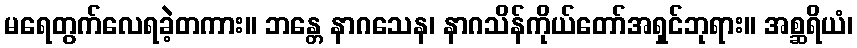
မရေတွက်လေရခဲ့တကား။ ဘန္တေ နာဂသေန၊ နာဂသိန်ကိုယ်တော်အရှင်ဘုရား။ အစ္ဆရိယံ၊